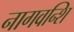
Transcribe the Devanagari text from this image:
नागवन्शि